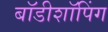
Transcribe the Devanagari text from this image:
बॉडीशॉपिंग